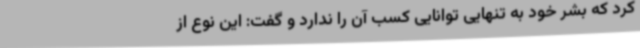
کرد که بشر خود به تنهایی توانایی کسب آن را ندارد و گفت: این نوع از